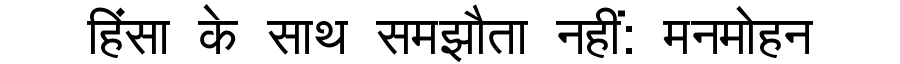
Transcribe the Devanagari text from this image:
हिंसा के साथ समझौता नहीं: मनमोहन